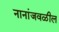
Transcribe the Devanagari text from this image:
नानांजवळील